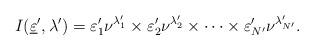
LaTeX: \begin{align*} I(\underline \varepsilon',\lambda')=\varepsilon_1' \nu^{\lambda'_1} \times \varepsilon_2'\nu^{\lambda'_2} \times \cdots \times \varepsilon_{N'}'\nu^{\lambda'_{N'}}.\end{align*}